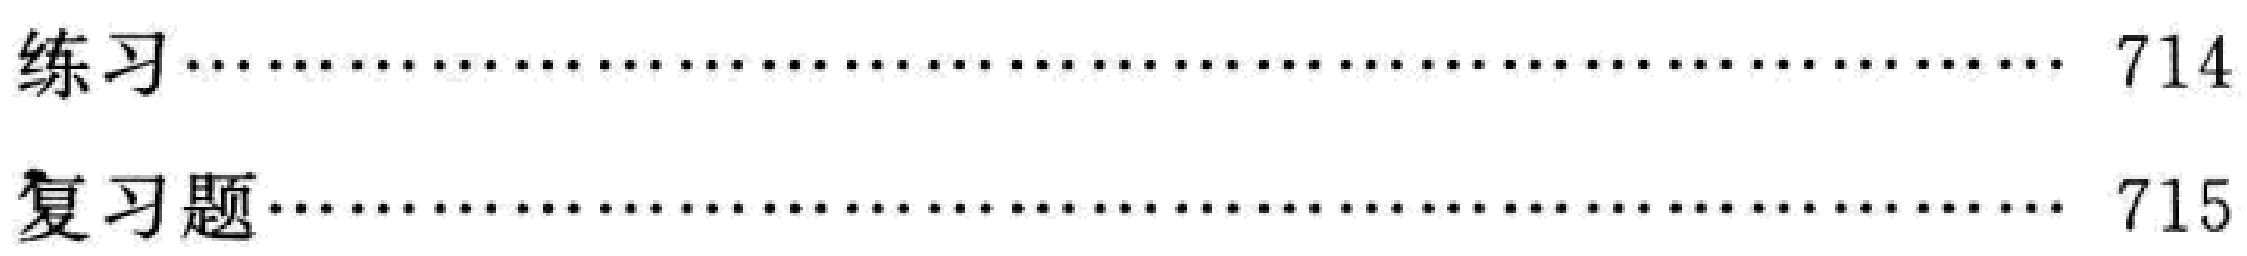
\begin{itemize}

\item 练习\hfill 714

\item 复习题\hfill 715

\end{itemize}